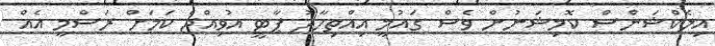
އިލެކްޝަންސް ކޮމިޝަނުން ވެސް ގައުމީ އިއްތިހާދު ޕާޓީ އުވިއްޖެ ކަމަށް ރަސްމީ އެއް